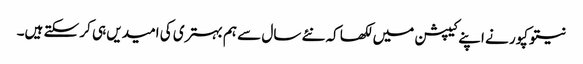
نیتو کپور نے اپنے کیپشن میں لکھا کہ نئے سال سے ہم بہتری کی امیدیں ہی کر سکتے ہیں۔